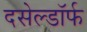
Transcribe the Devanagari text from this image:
दसेल्डॉर्फ